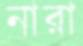
নারা